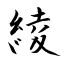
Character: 綾